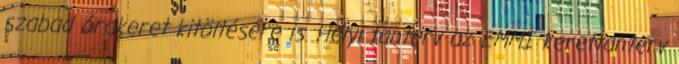
szabad órakeret kitöltésére is. Helyi tanterv az EMMI kerettanterv